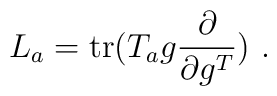
L_a= {\rm tr}(T_a g \frac{\partial}{\partial g^T})~.